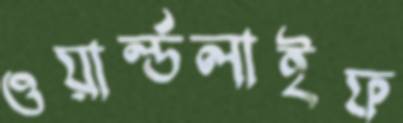
ওয়ার্ল্ডলাইফ